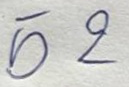
52